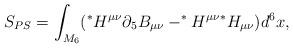
LaTeX: \begin{align*}S_{PS}=\int_{M_6}(^* H^{\mu\nu}\partial_5 B_{\mu\nu}- ^*H^{\mu\nu}{}^*H_{\mu\nu})d^6x, \end{align*}